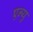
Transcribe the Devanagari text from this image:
एन्यु